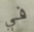
في